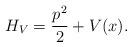
LaTeX: \begin{align*}H_V = \frac{p^2}{2} + V(x).\end{align*}